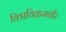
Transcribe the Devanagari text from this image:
विश्वविक्रमवीर